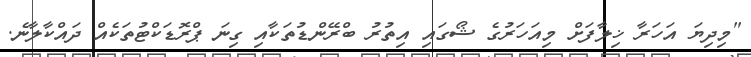
"މިދިޔަ އަހަރާ ޚިލާފަށް މިއަހަރުގެ ޝޯގައި އިތުރު ބްރޭންޑުތަކާއި ގިނަ ޕްރޮޑަކްޓުތަކެއް ދައްކާލާނެ.